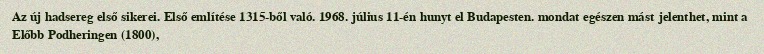
Az új hadsereg első sikerei. Első említése 1315-ből való. 1968. július 11-én hunyt el Budapesten. mondat egészen mást jelenthet, mint a Előbb Podheringen (1800),